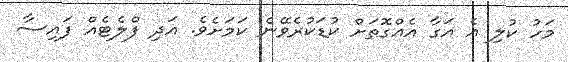
މަހު ކުލި އެ އަގާ އެއްގޮތަށް ކުޑަކުރެވޭނެ ކަމަށެވެ. އަދި ފްލެޓެއް ފައިސާ